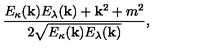
\frac { E _ { \kappa } ( { \bf k } ) E _ { \lambda } ( { \bf k } ) + { \bf k } ^ { 2 } + m ^ { 2 } } { 2 \sqrt { E _ { \kappa } ( { \bf k } ) E _ { \lambda } ( { \bf k } ) } } ,